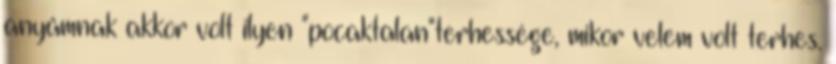
anyámnak akkor volt ilyen "pocaktalan"terhessége, mikor velem volt terhes.